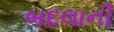
બદલાની